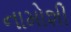
નામોશી